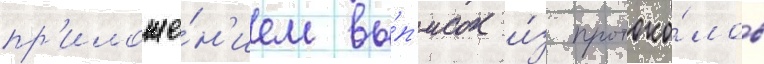
пр'иложе́н'ием вы́п'исок и́з протоко́лов